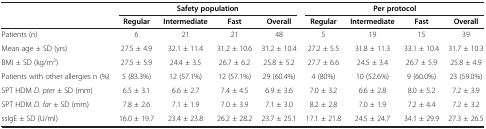
<table><thead><tr><td><b> </b></td><td colspan="4"><b>Safety population</b></td><td colspan="4"><b>Per protocol</b></td></tr><tr><td><b> </b></td><td><b>Regular</b></td><td><b>Intermediate</b></td><td><b>Fast</b></td><td><b>Overall</b></td><td><b>Regular</b></td><td><b>Intermediate</b></td><td><b>Fast</b></td><td><b>Overall</b></td></tr></thead><tbody><tr><td>Patients (n)</td><td>6</td><td>21</td><td>21</td><td>48</td><td>5</td><td>19</td><td>15</td><td>39</td></tr><tr><td>Mean age ± SD (yrs)</td><td>27.5 ± 4.9</td><td>32.1 ± 11.4</td><td>31.2 ± 10.6</td><td>31.2 ± 10.4</td><td>27.2 ± 5.5</td><td>31.8 ± 11.3</td><td>33.1 ± 10.4</td><td>31.7 ± 10.3</td></tr><tr><td>BMI ± SD (kg/m<sup>2</sup>)</td><td>27.5 ± 5.9</td><td>24.4 ± 3.5</td><td>26.7 ± 6.2</td><td>25.8 ± 5.2</td><td>27.7 ± 6.6</td><td>24.5 ± 3.4</td><td>26.7 ± 5.9</td><td>25.8 ± 4.9</td></tr><tr><td>Patients with other allergies n (%)</td><td>5 (83.3%)</td><td>12 (57.1%)</td><td>12 (57.1%)</td><td>29 (60.4%)</td><td>4 (80%)</td><td>10 (52.6%)</td><td>9 (60.0%)</td><td>23 (59.0%)</td></tr><tr><td>SPT HDM <i>D. pter</i> ± SD (mm)</td><td>6.5 ± 3.1</td><td>6.6 ± 2.7</td><td>7.4 ± 4.5</td><td>6.9 ± 3.6</td><td>7.0 ± 3.2</td><td>6.6 ± 2.8</td><td>8.0 ± 5.2</td><td>7.2 ± 3.9</td></tr><tr><td>SPT HDM <i>D. far</i> ± SD (mm)</td><td>7.8 ± 2.6</td><td>7.1 ± 1.9</td><td>7.0 ± 3.9</td><td>7.1 ± 3.0</td><td>8.2 ± 2.8</td><td>7.0 ± 1.9</td><td>7.2 ± 4.4</td><td>7.2 ± 3.2</td></tr><tr><td>ssIgE ± SD (U/ml)</td><td>16.0 ± 19.7</td><td>23.4 ± 23.8</td><td>26.2 ± 28.2</td><td>23.7 ± 25.1</td><td>17.1 ± 21.8</td><td>24.5 ± 24.7</td><td>34.1 ± 29.9</td><td>27.3 ± 26.5</td></tr></tbody></table>